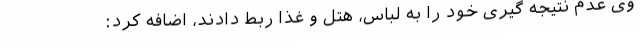
وی عدم نتیجه گیری خود را به لباس، هتل و غذا ربط دادند، اضافه کرد: